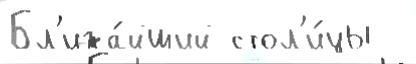
Бл'ижа́йший стол'и́цы